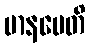
မာနမေတိ